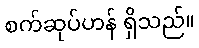
စက်ဆုပ်ဟန် ရှိသည်။